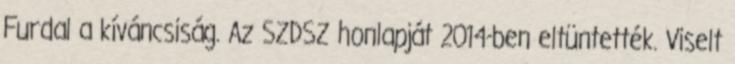
Furdal a kíváncsiság. Az SZDSZ honlapját 2014-ben eltüntették. Viselt